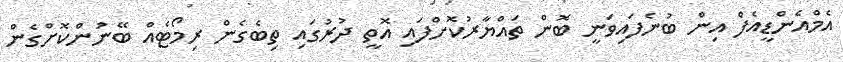
އެމްއެންޑީއެފް އިން ބުނެފައިވަނީ ބޮން ތައްޔާރުކޮށްފައި އޮތީ ދުރުގައި ތިބެގެން ރިމޯޓެއް ބޭނުންކޮށްގެން